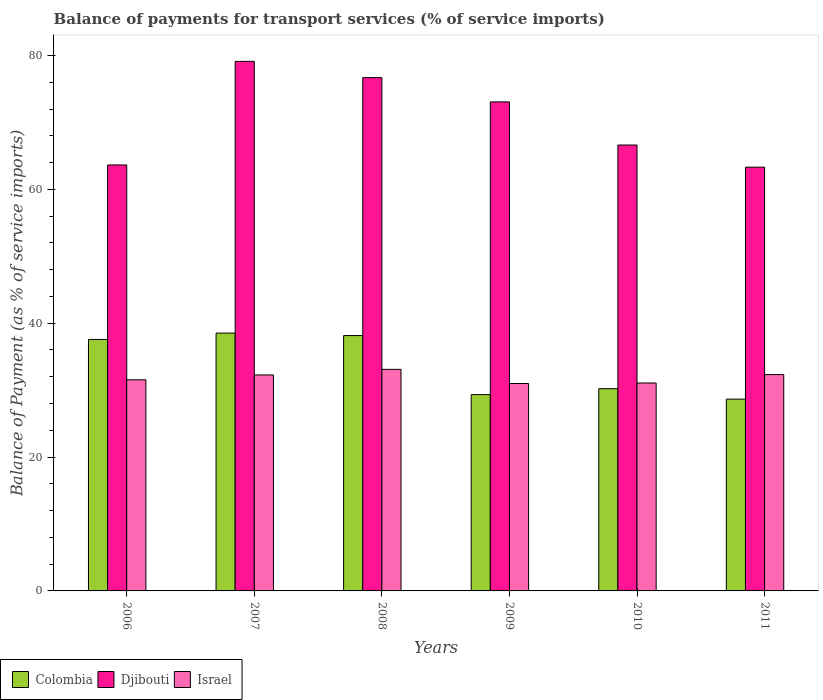
| Years | Colombia | Djibouti | Israel |
 | --- | --- | --- | --- |
 | 2006 | 37.6 | 63.6 | 31.5 |
 | 2007 | 38.5 | 79.1 | 32.3 |
 | 2008 | 38.2 | 76.7 | 33.1 |
 | 2009 | 29.3 | 73.1 | 31 |
 | 2010 | 30.2 | 66.6 | 31.1 |
 | 2011 | 28.7 | 63.3 | 32.3 |